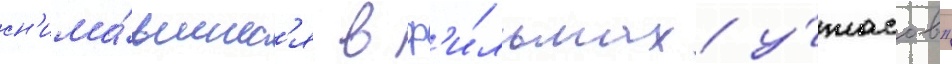
сн'има́вшиес'я в ф'и́льмах у́жасов"